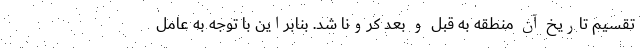
تقسیم تاریخ آن منطقه به قبل و بعد کرونا شد. بنابراین با توجه به عامل